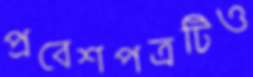
প্রবেশপত্রটিও